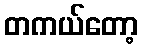
တကယ်တော့